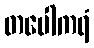
တပေါကရံ